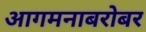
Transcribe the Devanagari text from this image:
आगमनाबरोबर